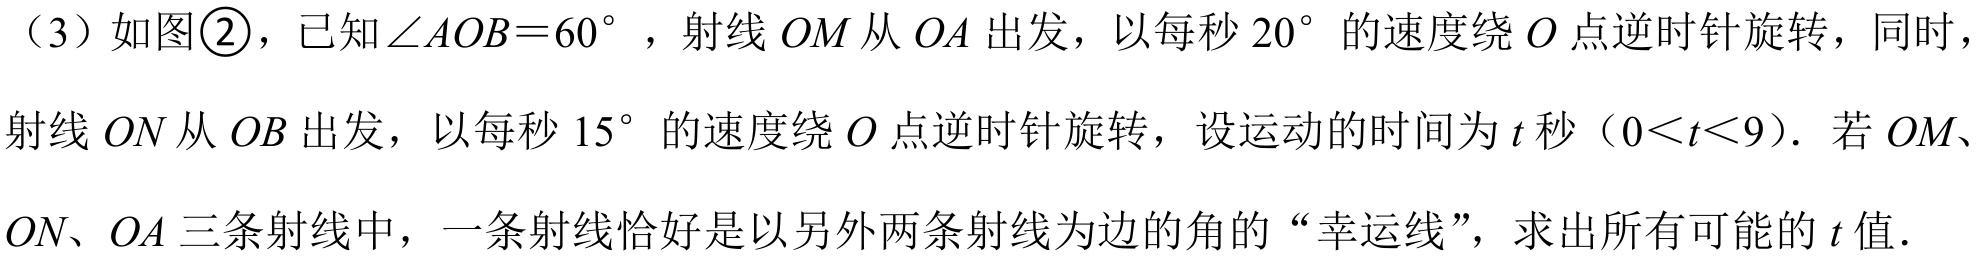
（3）如图\textcircled{2}，已知\(\angle AOB = 60^{\circ}\)，射线 \(OM\)从 \(OA\)出发，以每秒 \(20^{\circ}\)的速度绕 \(O\)点逆时针旋转，同时，射线 \(ON\)从 \(OB\)出发，以每秒 \(15^{\circ}\)的速度绕 \(O\)点逆时针旋转，设运动的时间为 \(t\)秒（\(0<t<9\)）. 若 \(OM\)、\(ON\)、\(OA\)三条射线中，一条射线恰好是以另外两条射线为边的角的“幸运线”，求出所有可能的 \(t\)值.